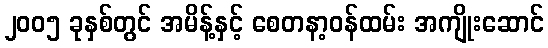
၂၀၀၅ ခုနှစ်တွင် အမိန့်နှင့် စေတနာ့ဝန်ထမ်း အကျိုးဆောင်